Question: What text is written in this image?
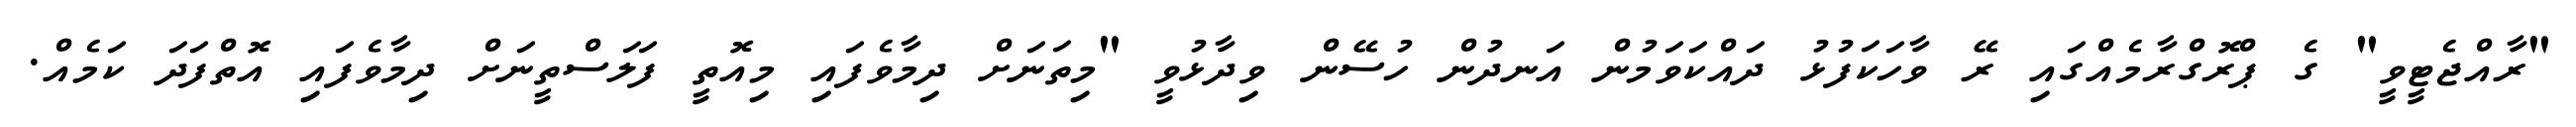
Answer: "ރާއްޖެޓީވީ" ގެ ޕްރޮގްރާމެއްގައި ރޭ ވާހަކަފުޅު ދައްކަވަމުން އަނދުން ހުސޭން ވިދާޅުވީ "މިތަނަށް ދިމާވެފައި މިއޮތީ ފަލަސްތީނަށް ދިމާވެފައި އޮތްފަދަ ކަމެއް.